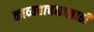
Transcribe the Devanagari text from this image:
काव्यवाचनासाठी